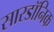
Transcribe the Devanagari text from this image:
सारडॉनिक